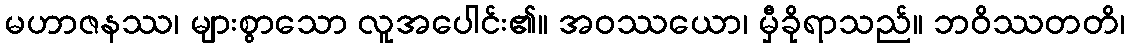
မဟာဇနဿ၊ များစွာသော လူအပေါင်း၏။ အဝဿယော၊ မှီခိုရာသည်။ ဘဝိဿတတိ၊